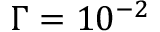
\Gamma = 1 0 ^ { - 2 }